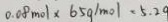
0 . 0 8 m o l \times 6 5 g / m o l = 5 . 2 0